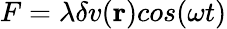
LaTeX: F=\lambda\delta v(\textbf{r})cos(\omega t)